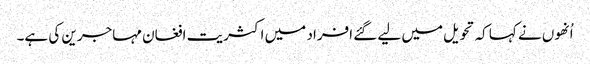
اُنھوں نے کہا کہ تحویل میں لیے گئے افراد میں اکثریت افغان مہاجرین کی ہے۔